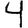
Digit: 4